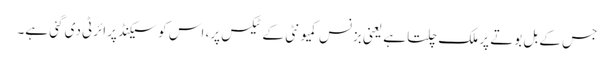
جس کے بل بوتے پر ملک چلتا ہے یعنی بزنس کمیونٹی کے ٹیکس پر، اس کو سیکنڈ پرائرٹی دی گئی ہے۔